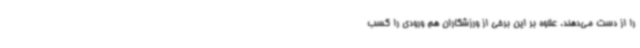
را از دست می‌دهند. علاوه بر این برخی از ورزشکاران هم ورودی را کسب